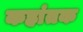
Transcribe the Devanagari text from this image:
कहांतक